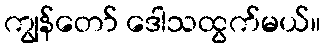
ကျွန်တော် ဒေါသထွက်မယ်။